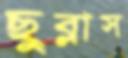
ছুব্‌লাস